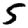
Digit: 5